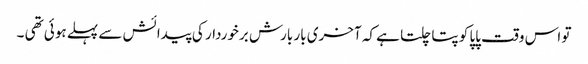
تو اس وقت پاپا کو پتا چلتا ہے کہ آخری بار بارش برخوردار کی پیدائش سے پہلے ہوئی تھی ۔